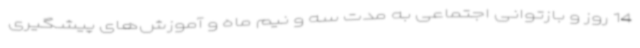
14 روز و بازتوانی اجتماعی به مدت سه و نیم ماه و آموزش‌های پیشگیری